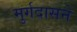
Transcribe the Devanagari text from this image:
मुर्गदासने